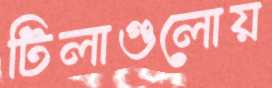
টিলাগুলোয়